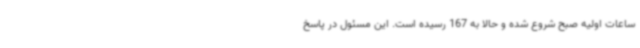
ساعات اولیه صبح شروع شده و حالا به 167 رسیده است. این مسئول در پاسخ